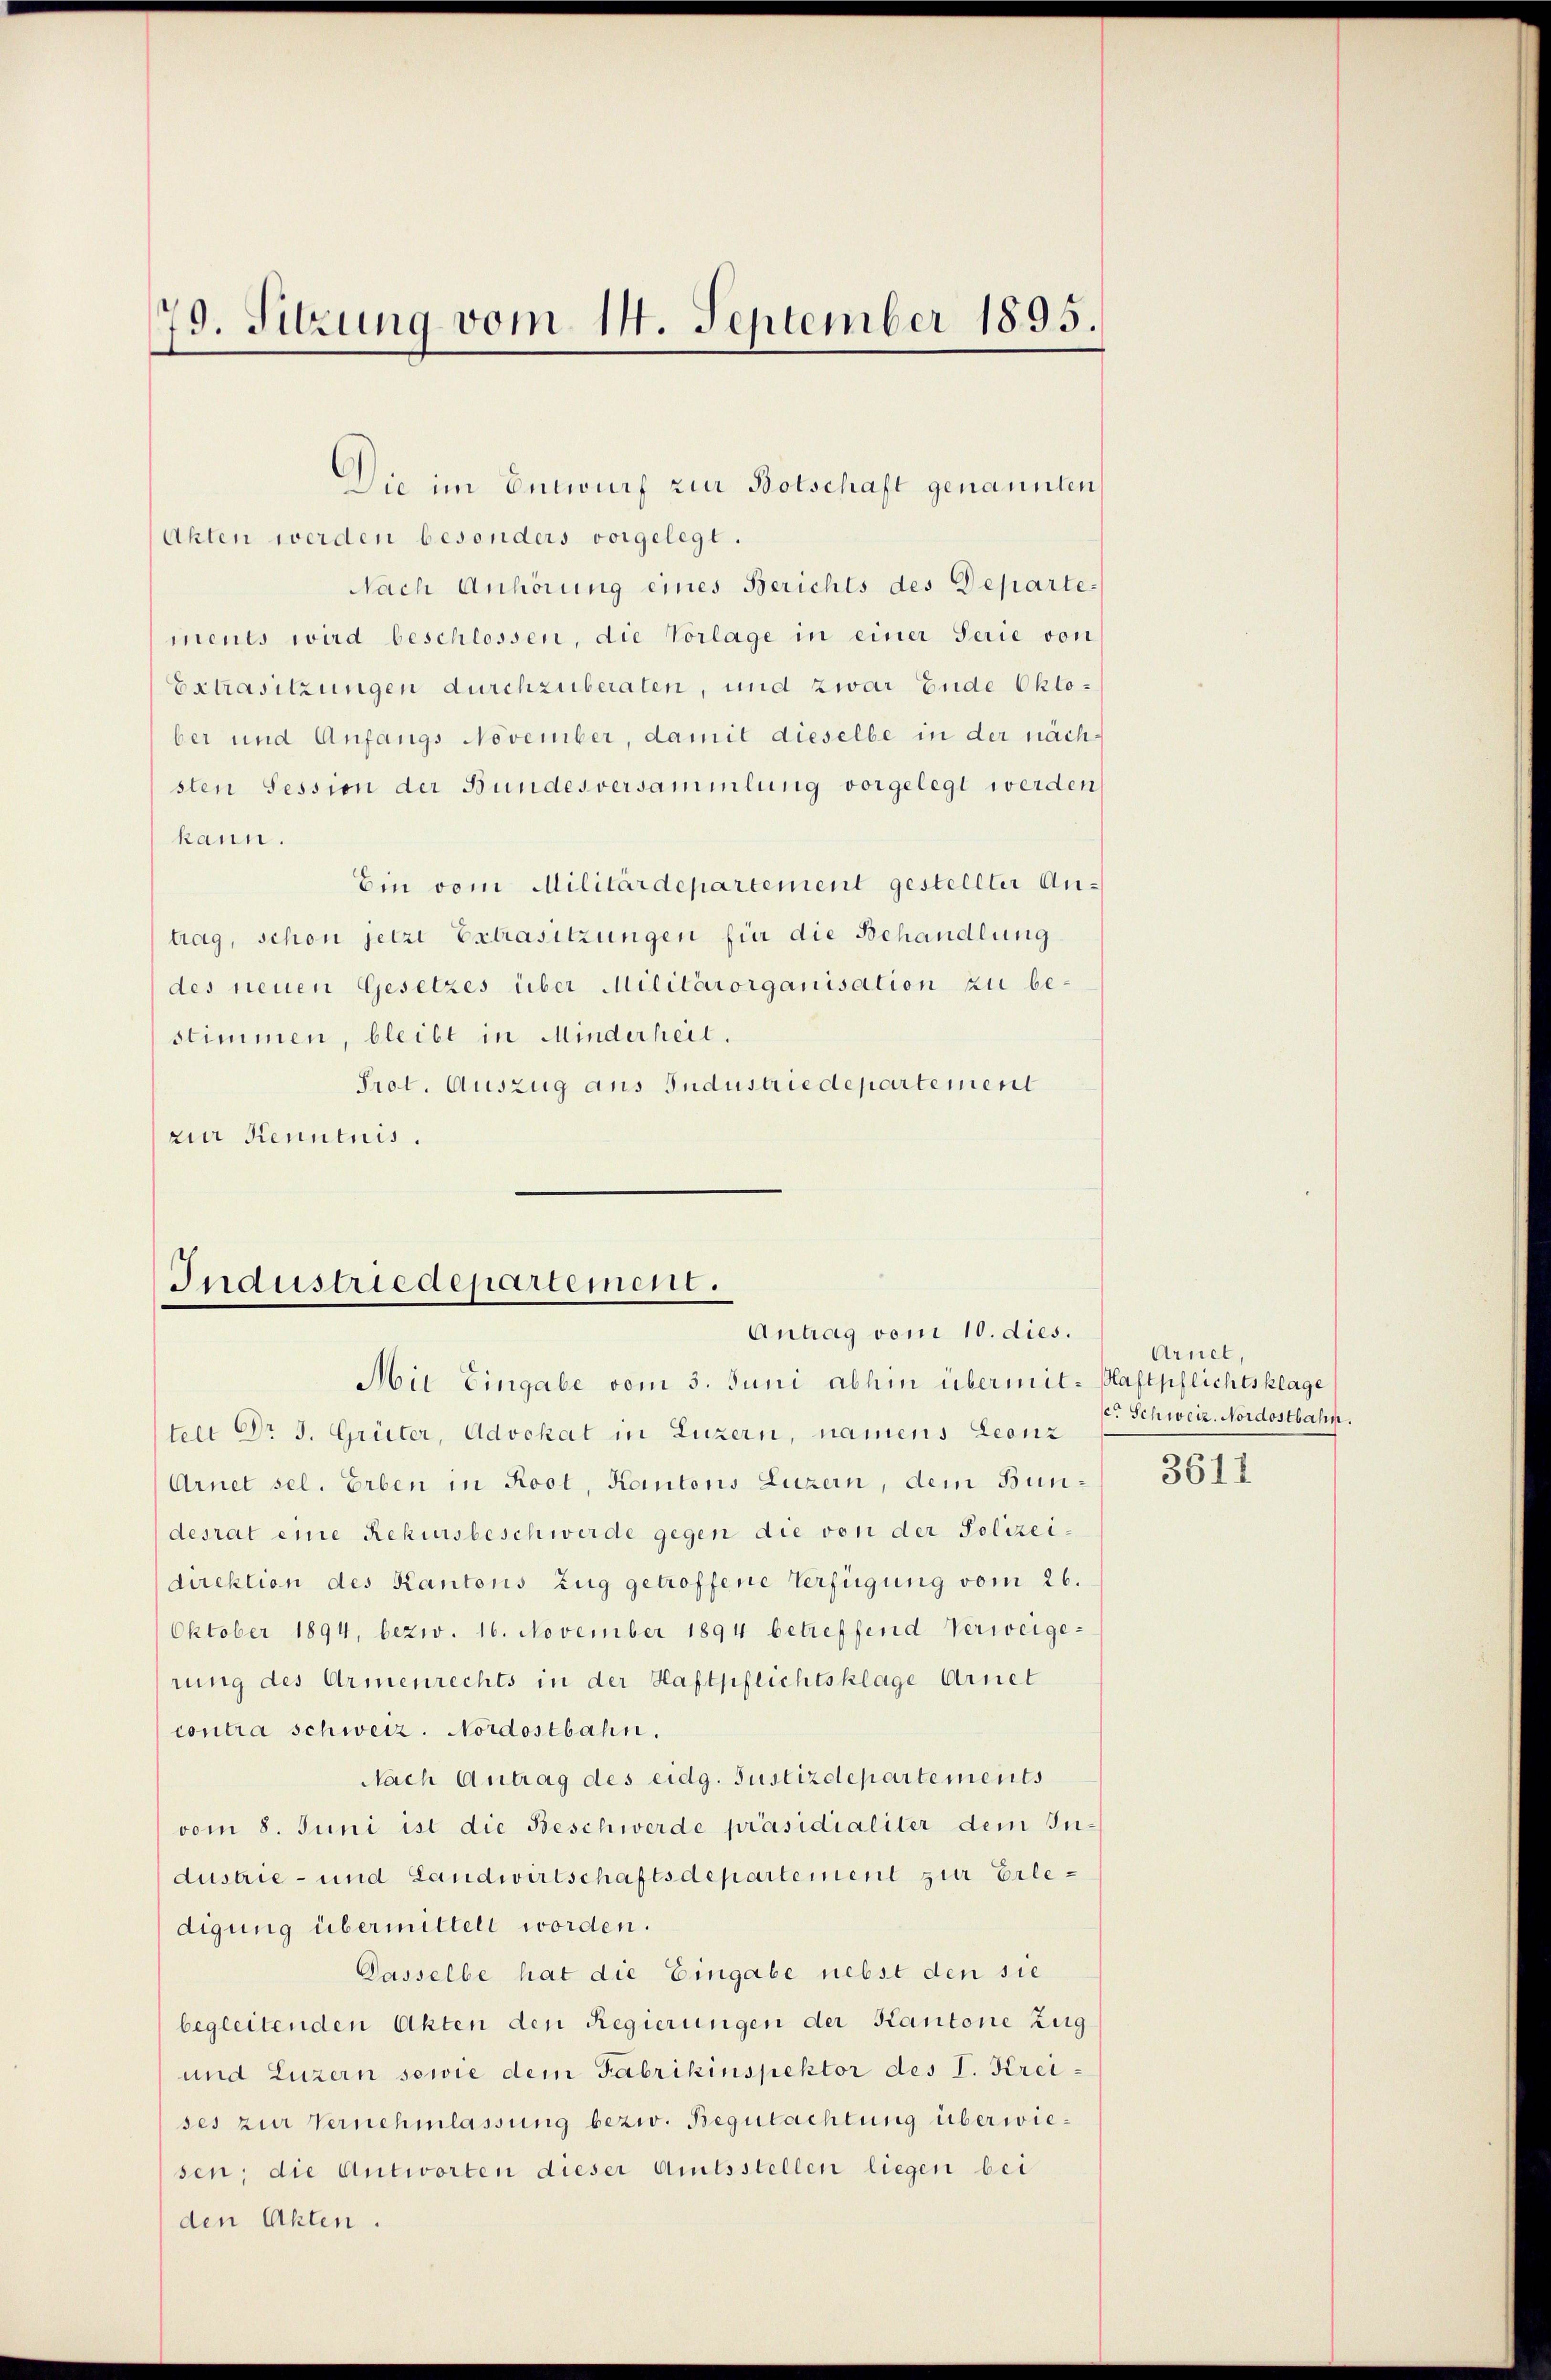
79. Sitzung vom 14. September 1895.

Akten werden besonders vorgelegt.
Nach Anhörung eines Berichts des Departements wird beschlossen, die Vorlage in einer Serie von
Extrasitzungen durchzuberaten, und zwar Ende Oktober und Anfangs November, damit dieselbe in der nächsten Session der Bundesversammlung vorgelegt werden
kann.
Ein vom Militärdepartement gestellter Antrag, schon jetzt Extrasitzungen für die Behandlung
des neuen Gesetzes über Militärorganisation zu bestimmen, bleibt in Minderheit.
Prot. Auszug aus Industriedepartement
zur Kenntnis.

Die im Entwurf zur Botschaft genannten

Industriedepartement.
Antrag vom 10. dies.
Aie Eingabe vom 5. Juni abhin übermit- Haftpflichtsklage

telt Dr J. Grüter, Advokat in Luzern, namens Leonz
Arnet sel. Erben in Root, Kantons Luzern, dem Bundesrat eine Rekursbeschwerde gegen die von der Polizei-
direktion des Kantons Zug getroffene Verfügung vom 26.
Oktober 1894, bezw. 16. November 1894 betreffend Verweigerung des Armenrechts in der Haftpflichtsklage Arnet
contra schweiz. Nordostbahn.
Nach Antrag des eidg. Justizdepartements
vom 8. Juni ist die Beschwerde präsidialiter dem Industrie- und Landwirtschaftsdepartement zur Erledigung übermittelt worden.
Dasselbe hat die Eingabe nebst den sie
begleitenden Akten den Regierungen der Kantone Zug
und Luzern sowie dem Fabrikinspektor des I. Kreises zur Vernehmlassung bezw. Begutachtung überwiesen; die Antworten dieser Amtsstellen liegen bei
den Akten.

Arnel,
cr Schweiz. Nordostbahn.

3611